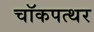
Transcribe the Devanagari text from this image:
चॉकपत्थर